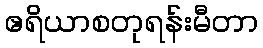
ဧရိယာစတုရန်းမီတာ